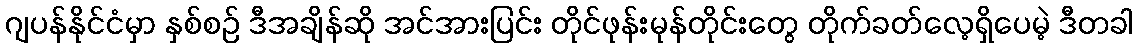
ဂျပန်နိုင်ငံမှာ နှစ်စဉ် ဒီအချိန်ဆို အင်အားပြင်း တိုင်ဖုန်းမုန်တိုင်းတွေ တိုက်ခတ်လေ့ရှိပေမဲ့ ဒီတခါ